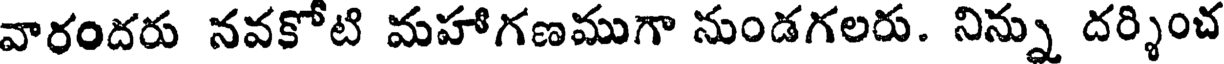
వారందరు నవకోటి మహాగణముగా నుండగలరు. నిన్ను దర్శించ